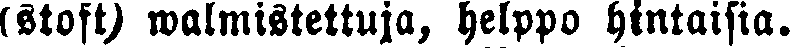
(stoft) walmistettuja, helppo hintaisia.